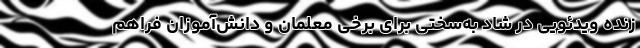
زنده ویدئویی در شاد به‌سختی برای برخی معلمان و دانش‌آموزان فراهم